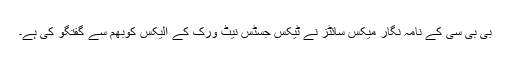
بی بی سی کے نامہ نگار میکس سائٹز نے ٹیکس جسٹس نیٹ ورک کے الیکس کوبھم سے گفتگو کی ہے۔